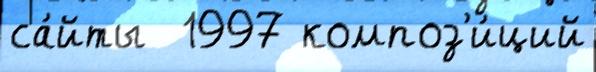
са́йты  1997 композ'и́ций